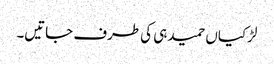
لڑکیاں حمید ہی کی طرف جاتیں۔